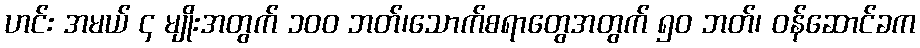
ဟင်း အမယ် ၄ မျိုးအတွက် ၁၀၀ ဘတ်၊သောက်စရာတွေအတွက် ၅၀ ဘတ်၊ ဝန်ဆောင်ခက